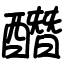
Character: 䤐